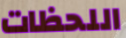
اللحظات